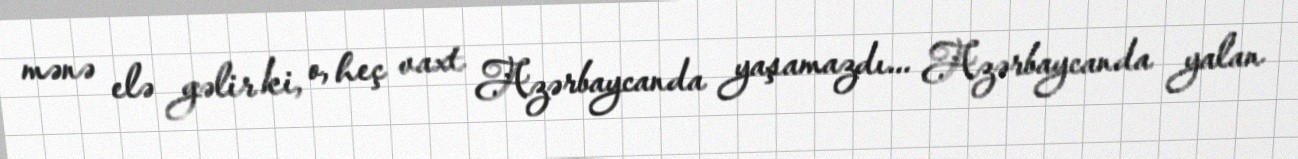
mənə elə gəlir ki, o, heç vaxt Azərbaycanda yaşamazdı... Azərbaycanda yalan